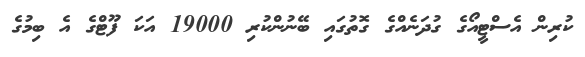
ކުރިން އެސްޓީއޯގެ ގުދަނެއްގެ ގޮތުގައި ބޭނުންކުރި 19000 އަކަ ފޫޓްގެ އެ ބިމުގެ